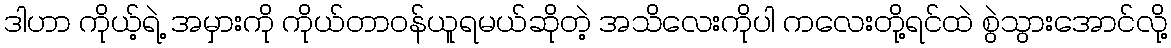
ဒါဟာ ကိုယ့်ရဲ့ အမှားကို ကိုယ်တာဝန်ယူရမယ်ဆိုတဲ့ အသိလေးကိုပါ ကလေးတို့ရင်ထဲ စွဲသွားအောင်လို့